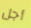
أجل